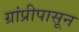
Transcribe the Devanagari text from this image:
ग्रांप्रीपासून